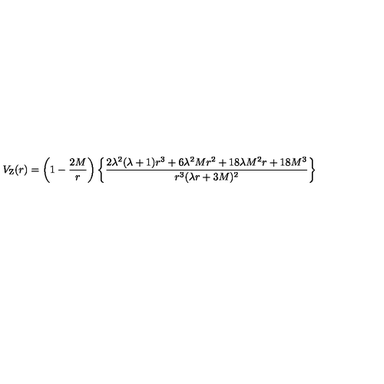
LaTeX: V _ { \mathrm { Z } } ( r ) = \left( 1 - { \frac { 2 M } { r } } \right) \left\{ \frac { 2 \lambda ^ { 2 } ( \lambda + 1 ) r ^ { 3 } + 6 \lambda ^ { 2 } M r ^ { 2 } + 1 8 \lambda M ^ { 2 } r + 1 8 M ^ { 3 } } { r ^ { 3 } ( \lambda r + 3 M ) ^ { 2 } } \right\}